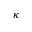
\kappa